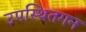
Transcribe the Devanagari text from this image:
उपस्थितगन